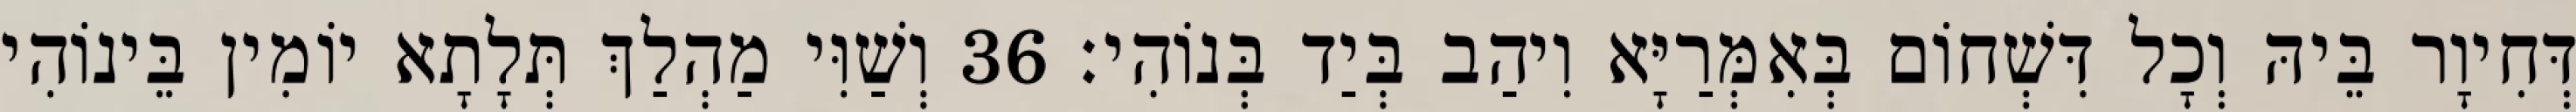
דְּחִיוָר בֵּיהּ וְכָל דִּשְׁחוֹם בְּאִמְּרַיָּא וִיהַב בְּיַד בְּנוֹהִי׃ 36 וְשַׁוִּי מַהְלַךְ תְּלָתָא יוֹמִין בֵּינוֹהִי